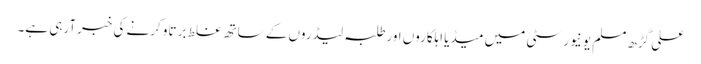
علی گڑھ مسلم یونیورسٹی میں میڈیا اہلکاروں اورطلبہ لیڈروں کے ساتھ غلط برتاو کرنے کی خبرآرہی ہے۔